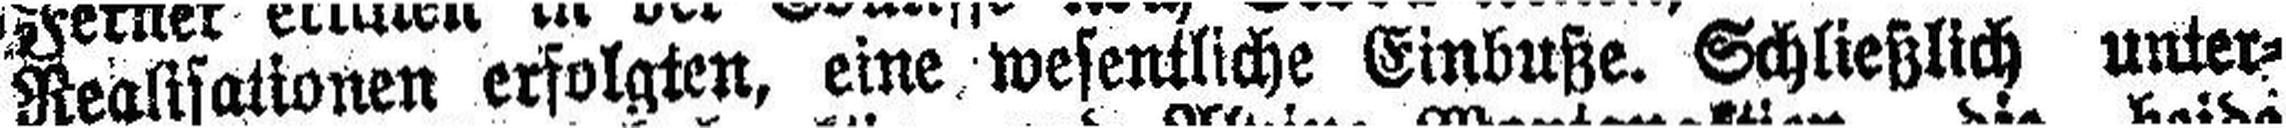
Realisationen erfolgten, eine wesentliche Einbuße. Schließlich unter¬